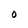
Character: O